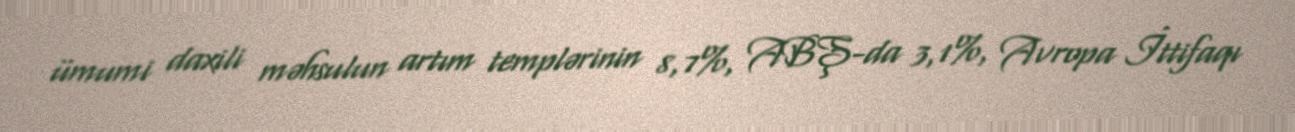
ümumi daxili məhsulun artım templərinin 8,7%, ABŞ-da 3,1%, Avropa İttifaqı